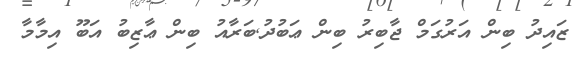
ޒައިދު ބިން އަރުގަމް ޖާބިރު ބިން ޢަބުދު